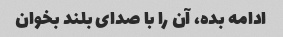
ادامه بده، آن را با صدای بلند بخوان